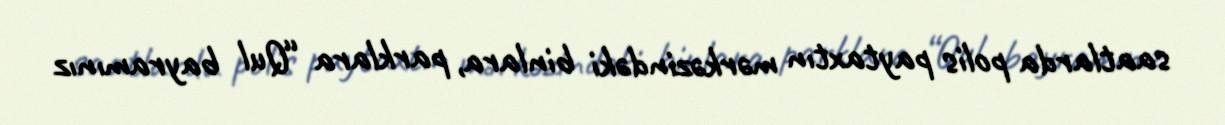
saatlarda polis paytaxtın mərkəzindəki binlara, parklara “Qul bayramınız